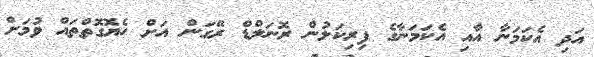
އަދި އެކަމަނާ އާއި އެކަމަނާގެ ފިރިކަލުން ރޮނަލްޑް ރޭގަން އަށް ހެޔޮގޮތްތައް ވުމަށް